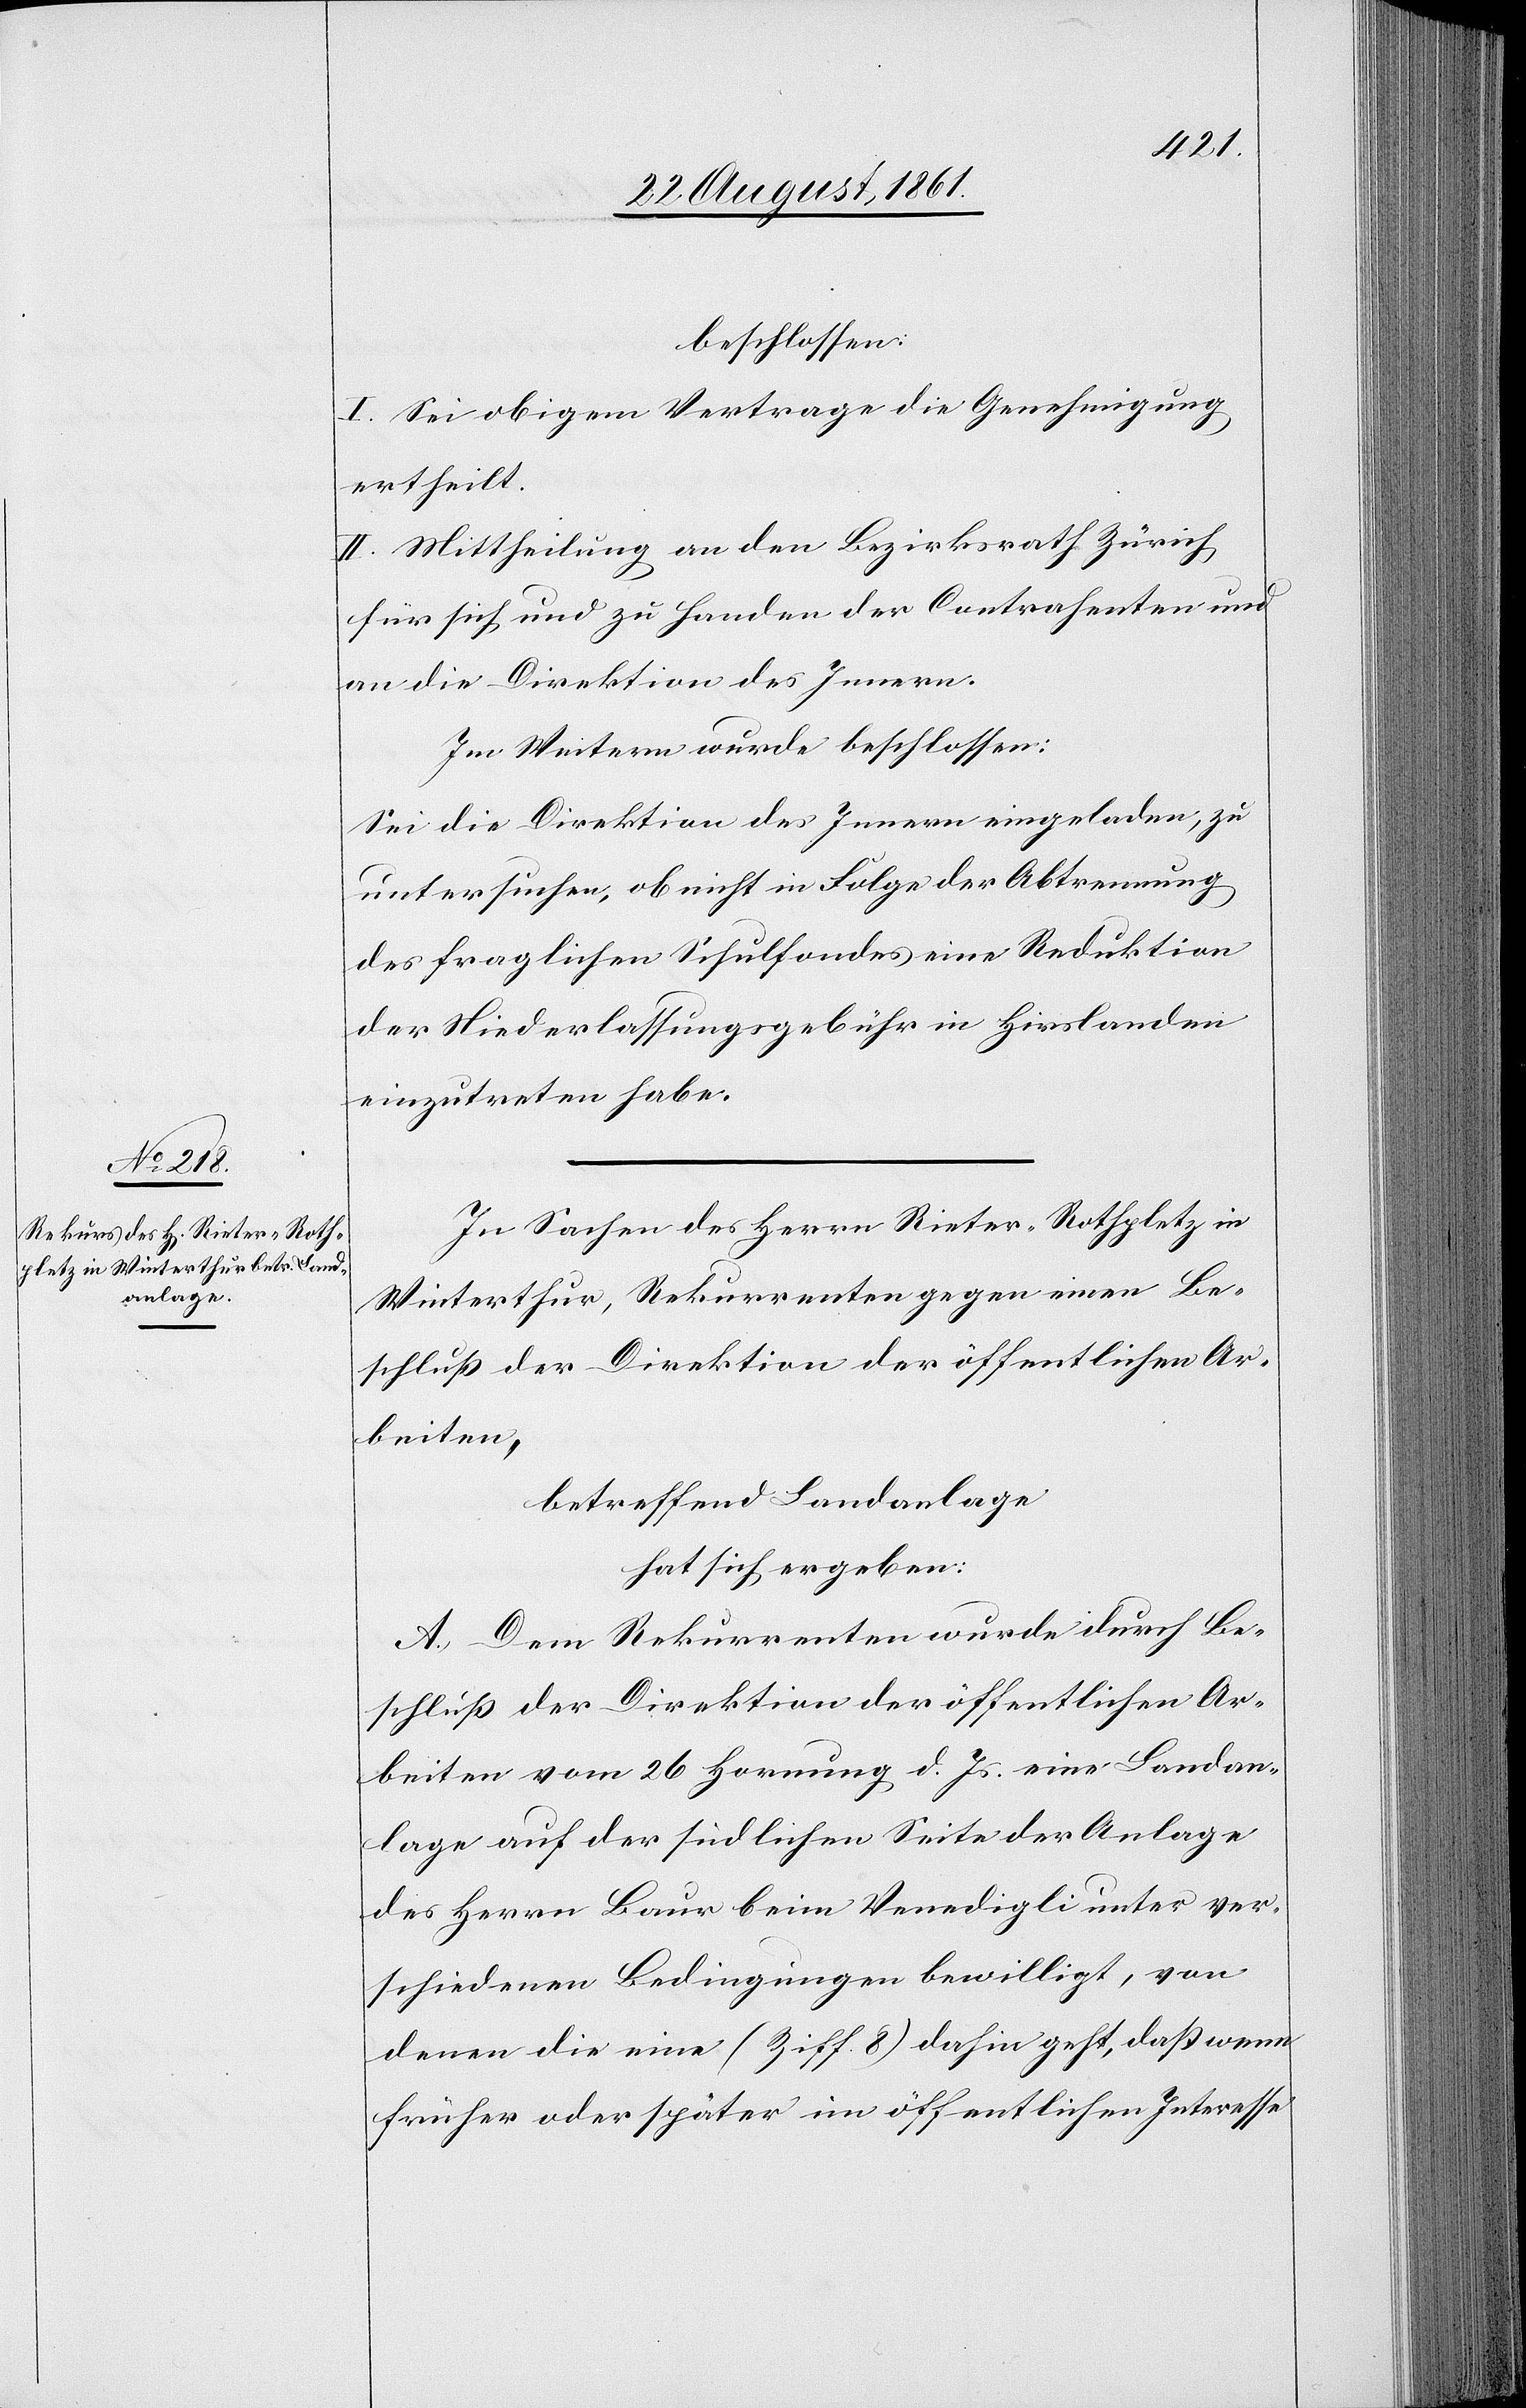
beschlossen:
I. Sei obigem Vertrage die Genehmigung
ertheilt.
II. Mittheilung an den Bezirksrath Zürich
für sich und zu Handen der Contrahenten und
an die Direktion des Innern.
Im Weitern wurde beschlossen:
Sei die Direktion des Innern eingeladen, zu
untersuchen, ob nicht in Folge der Abtrennung
des fraglichen Schulfondes eine Reduktion
der Niederlassungsgebühr in Hirslanden
einzutreten habe.
In Sachen des Herrn Rieter-Rothplatz in
Winterthur, Rekurrenten gegen einen Be¬
schluß der Direktion der öffentlichen Ar¬
beiten,
betreffend Landanlage
hat sich ergeben:
A. Dem Rekurrenten wurde durch Be¬
schluß der Direktion der öffentlichen Ar¬
beiten vom 26 Hornung d. Js. eine Landan¬
lage auf der südlichen Seite der Anlage
des Herrn Baur beim Venedigli unter ver¬
schiedenen Bedingungen bewilligt, von
denen die eine (Ziff. 8) dahin geht, daß wenn
früher oder später im öffentlichen Interesse